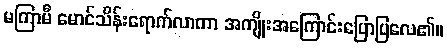
မကြာမီ မောင်သိန်းရောက်လာကာ အကျိုးအကြောင်းပြောပြလေ၏။